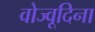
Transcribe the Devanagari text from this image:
वोज्वूदिना